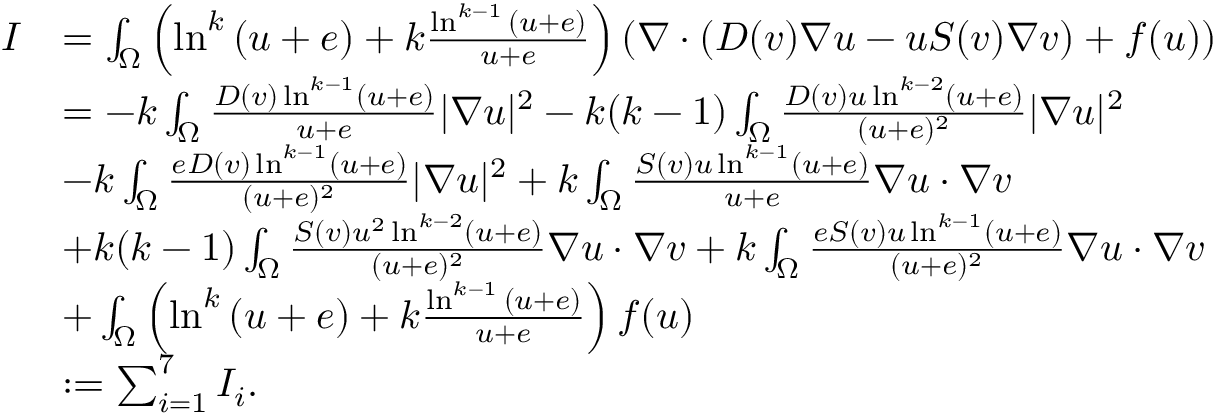
\begin{array} { r l } { I } & { = \int _ { \Omega } \left( \ln ^ { k } { ( u + e ) } + k \frac { \ln ^ { k - 1 } { ( u + e ) } } { u + e } \right) \left( \nabla \cdot \left( D ( v ) \nabla u - u S ( v ) \nabla v \right) + f ( u ) \right) } \\ & { = - k \int _ { \Omega } \frac { D ( v ) \ln ^ { k - 1 } ( u + e ) } { u + e } | \nabla u | ^ { 2 } - k ( k - 1 ) \int _ { \Omega } \frac { D ( v ) u \ln ^ { k - 2 } ( u + e ) } { ( u + e ) ^ { 2 } } | \nabla u | ^ { 2 } } \\ & { - k \int _ { \Omega } \frac { e D ( v ) \ln ^ { k - 1 } ( u + e ) } { ( u + e ) ^ { 2 } } | \nabla u | ^ { 2 } + k \int _ { \Omega } \frac { S ( v ) u \ln ^ { k - 1 } ( u + e ) } { u + e } \nabla u \cdot \nabla v } \\ & { + k ( k - 1 ) \int _ { \Omega } \frac { S ( v ) u ^ { 2 } \ln ^ { k - 2 } ( u + e ) } { ( u + e ) ^ { 2 } } \nabla u \cdot \nabla v + k \int _ { \Omega } \frac { e S ( v ) u \ln ^ { k - 1 } ( u + e ) } { ( u + e ) ^ { 2 } } \nabla u \cdot \nabla v } \\ & { + \int _ { \Omega } \left( \ln ^ { k } { ( u + e ) } + k \frac { \ln ^ { k - 1 } { ( u + e ) } } { u + e } \right) f ( u ) } \\ & { : = \sum _ { i = 1 } ^ { 7 } I _ { i } . } \end{array}